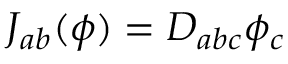
J _ { a b } ( \phi ) = D _ { a b c } \phi _ { c }